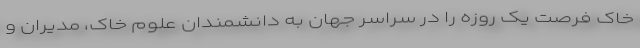
خاک فرصت یک روزه را در سراسر جهان به دانشمندان علوم خاک، مدیران و